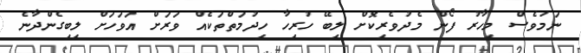
ނަމަވެސް މިހާރު ފޯން މެދުވެރިކޮށް ލިބޭ ހުރިހާ ހިދުމަތްތަކެއް ވަރަށް އަވަހަށް ލިބިގެންދާނެ